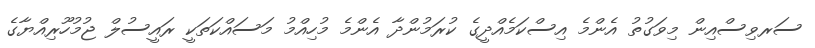
ސަރވިސްއިން މިވަގުތު އެންމެ އިސްކަމެއްދީގެ ކުރަމުންދާ އެންމެ މުހިއްމު މަސައްކަތަކީ ރައީސުލް ޖުމުހޫރިއްޔާގެ